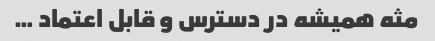
مثه همیشه در دسترس و قابل اعتماد …